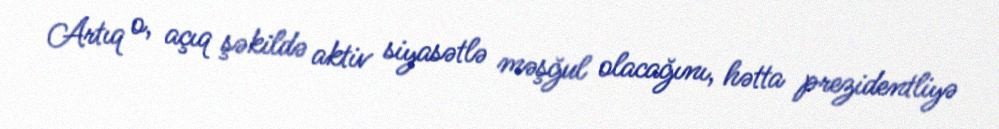
Artıq o, açıq şəkildə aktiv siyasətlə məşğul olacağını, hətta prezidentliyə